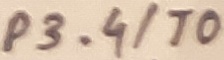
Text: P3.4/T0